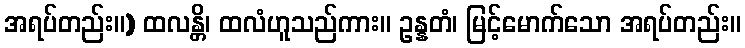
အရပ်တည်း။) ထလန္တိ၊ ထလံဟူသည်ကား။ ဥန္နတံ၊ မြင့်မောက်သော အရပ်တည်း။